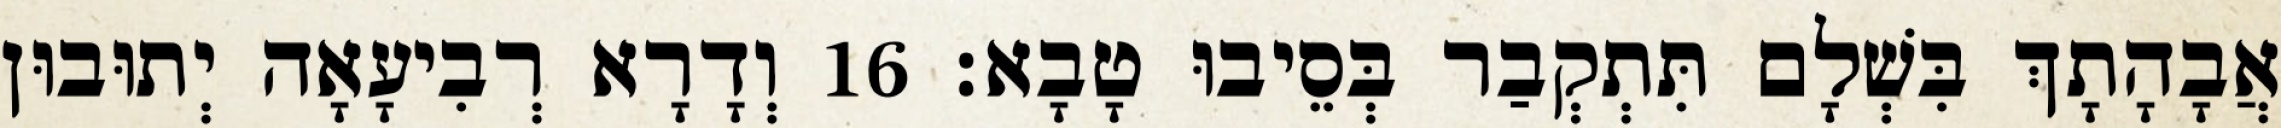
אֲבָהָתָךְ בִּשְׁלָם תִּתְקְבַר בְּסֵיבוּ טָבָא׃ 16 וְדָרָא רְבִיעָאָה יְתוּבוּן